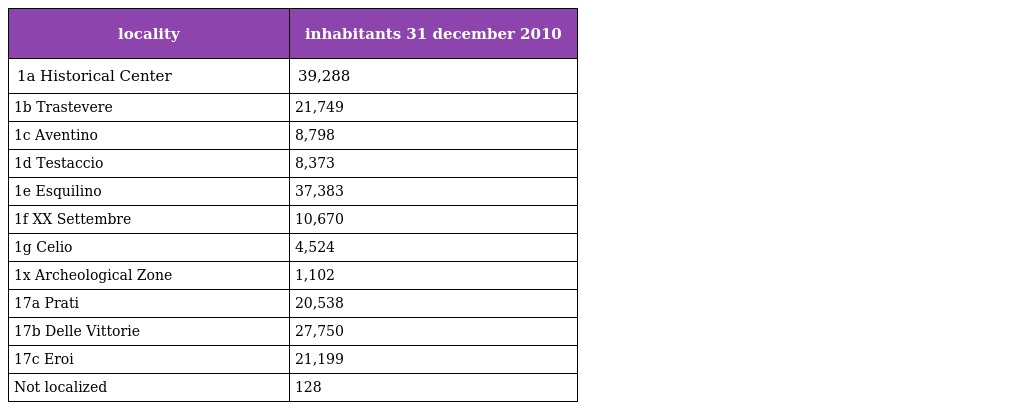
| locality | inhabitants 31 december 2010 |
 | --- | --- |
 | 1a Historical Center | 39,288 |
 | 1b Trastevere | 21,749 |
 | 1c Aventino | 8,798 |
 | 1d Testaccio | 8,373 |
 | 1e Esquilino | 37,383 |
 | 1f XX Settembre | 10,670 |
 | 1g Celio | 4,524 |
 | 1x Archeological Zone | 1,102 |
 | 17a Prati | 20,538 |
 | 17b Delle Vittorie | 27,750 |
 | 17c Eroi | 21,199 |
 | Not localized | 128 |